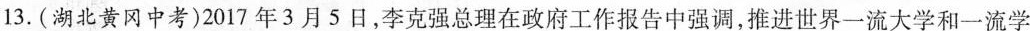
13.(湖北黄冈中考)2017年3月5日，李克强总理在政府工作报告中强调，推进世界一流大学和一流学